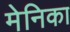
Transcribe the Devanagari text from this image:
मेनिका